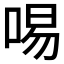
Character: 𠴭